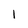
Character: I